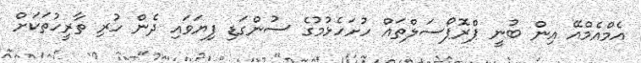
އެމްއެމްއޭ އިން ބުނީ ޕްރޮޕޯސަލްތައް ހުށަހެޅުމުގެ ސުންގަޑި ފިޔަވައި ދެން ހުރި ތާރީހުތަކަށް